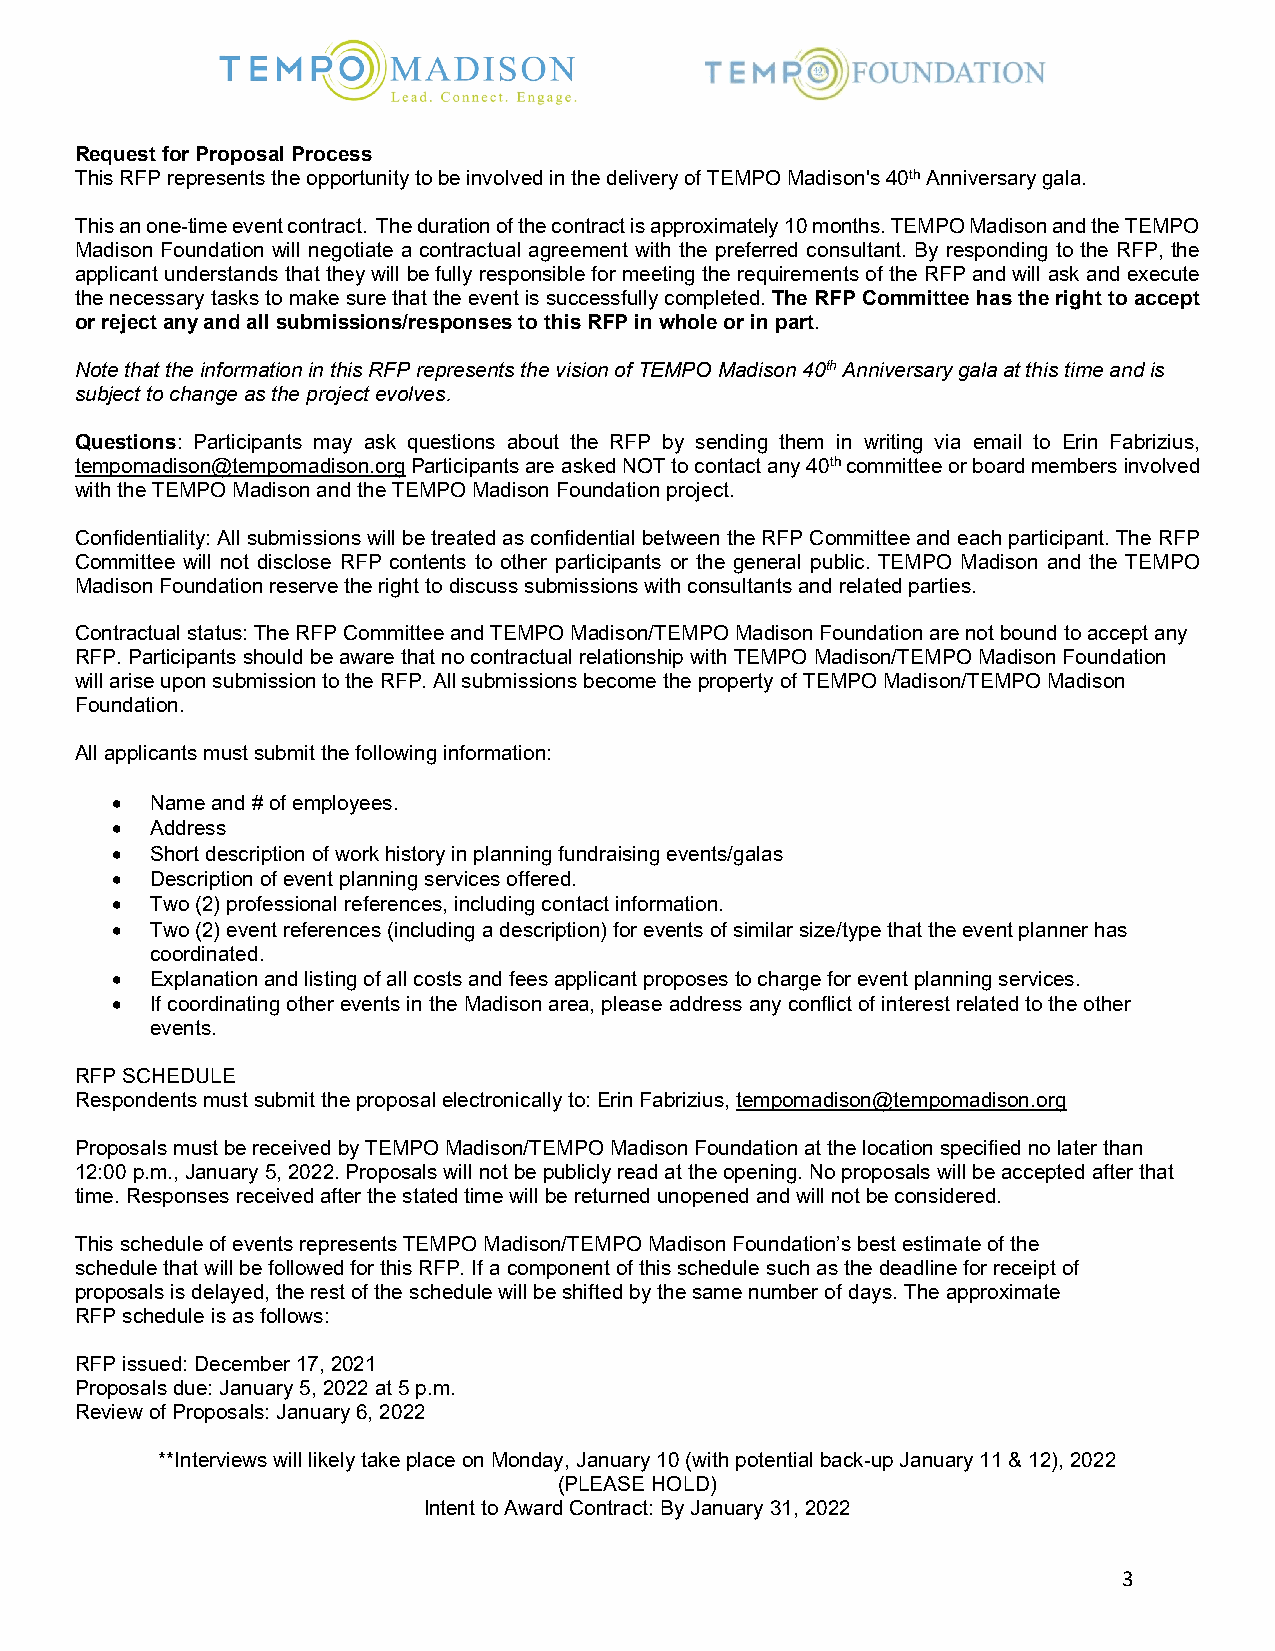
Request for Proposal Process
 This RFP represents the opportunity to be involved in the delivery of TEMPO Madison's 40th Anniversary gala.
 This an one-time event contract. The duration of the contract is approximately 10 months. TEMPO Madison and the TEMPO
 Madison Foundation will negotiate a contractual agreement with the preferred consultant. By responding to the RFP, the
 applicant understands that they will be fully responsible for meeting the requirements of the RFP and will ask and execute
 the necessary tasks to make sure that the event is successfully completed. The RFP Committee has the right to accept
 or reject any and all submissions/responses to this RFP in whole or in part.
 Note that the information in this RFP represents the vision of TEMPO Madison 40th Anniversary gala at this time and is
 subject to change as the project evolves.
 Questions: Participants may ask questions about the RFP by sending them in writing via email to Erin Fabrizius,
 tempomadison@tempomadison.org Participants are asked NOT to contact any 40th committee or board members involved
 with the TEMPO Madison and the TEMPO Madison Foundation project.
 Confidentiality: All submissions will be treated as confidential between the RFP Committee and each participant. The RFP
 Committee will not disclose RFP contents to other participants or the general public. TEMPO Madison and the TEMPO
 Madison Foundation reserve the right to discuss submissions with consultants and related parties.
 Contractual status: The RFP Committee and TEMPO Madison/TEMPO Madison Foundation are not bound to accept any
 RFP. Participants should be aware that no contractual relationship with TEMPO Madison/TEMPO Madison Foundation
 will arise upon submission to the RFP. All submissions become the property of TEMPO Madison/TEMPO Madison
 Foundation.
 All applicants must submit the following information:
 •  Name and # of employees.
 •  Address
 •  Short description of work history in planning fundraising events/galas
 •  Description of event planning services offered.
 •  Two (2) professional references, including contact information.
 •  Two (2) event references (including a description) for events of similar size/type that the event planner has
 coordinated.
 •  Explanation and listing of all costs and fees applicant proposes to charge for event planning services.
 •  If coordinating other events in the Madison area, please address any conflict of interest related to the other
 events.
 RFP SCHEDULE
 Respondents must submit the proposal electronically to: Erin Fabrizius, tempomadison@tempomadison.org
 Proposals must be received by TEMPO Madison/TEMPO Madison Foundation at the location specified no later than
 12:00 p.m., January 5, 2022. Proposals will not be publicly read at the opening. No proposals will be accepted after that
 time. Responses received after the stated time will be returned unopened and will not be considered.
 This schedule of events represents TEMPO Madison/TEMPO Madison Foundation’s best estimate of the
 schedule that will be followed for this RFP. If a component of this schedule such as the deadline for receipt of
 proposals is delayed, the rest of the schedule will be shifted by the same number of days. The approximate
 RFP schedule is as follows:
 RFP issued: December 17, 2021
 Proposals due: January 5, 2022 at 5 p.m.
 Review of Proposals: January 6, 2022
 **Interviews will likely take place on Monday, January 10 (with potential back-up January 11 & 12), 2022
 (PLEASE HOLD)
 Intent to Award Contract: By January 31, 2022
 3